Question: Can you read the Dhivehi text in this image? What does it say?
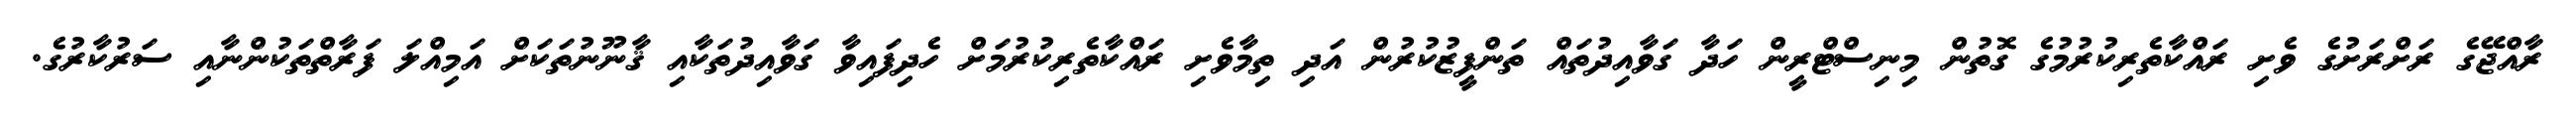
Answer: ރާއްޖޭގެ ރަށްރަށުގެ ވެށި ރައްކާތެރިކުރުމުގެ ގޮތުން މިނިސްޓްރީން ހަދާ ގަވާއިދުތައް ތަންފީޒުކުރުން އަދި ތިމާވެށި ރައްކާތެރިކުރުމަށް ހެދިފައިވާ ގަވާއިދުތަކާއި ޤާނޫނުތަކަށް އަމިއްލަ ފަރާތްތަކުންނާއި ސަރުކާރުގެ.